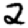
Digit: 2